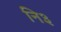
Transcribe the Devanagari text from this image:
नि३